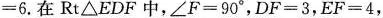
= 6$$.在Rt△EDF中，$$∠ F = 9 0 °$$，$$D F = 3$$ ，$$E F = 4$$，